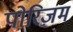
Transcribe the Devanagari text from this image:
पोरिज़म